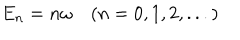
E _ { n } = n \omega ~ ( n = 0 , 1 , 2 , . . . )